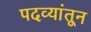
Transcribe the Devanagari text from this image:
पदव्यांतून